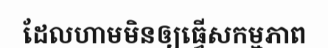
ដែលហាមមិនឲ្យធ្វើសកម្មភាព